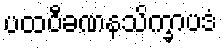
ပထဝီခဏနသိက္ခာပဒံ